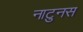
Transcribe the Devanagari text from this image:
नाटुनस